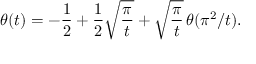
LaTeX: \theta ( t ) = - \frac { 1 } { 2 } + \frac { 1 } { 2 } \sqrt { \frac { \pi } { t } } + \sqrt { \frac { \pi } { t } } \, \theta ( \pi ^ { 2 } / t ) .